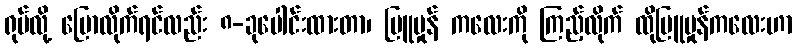
ရုပ်လို့ ပြောလိုက်ရင်လည်း ၈-ခုပေါင်းထားတာ၊ မြူမှုန် ကလေးကို ကြည့်လိုက် ထိုမြူမှုန်ကလေးဟာ